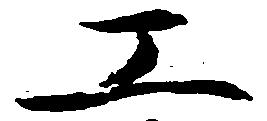
工